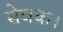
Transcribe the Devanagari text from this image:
सेवक।